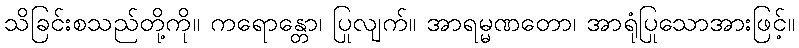
သိခြင်းစသည်တို့ကို။ ကရောန္တော၊ ပြုလျက်။ အာရမ္မဏတော၊ အာရုံပြုသောအားဖြင့်။